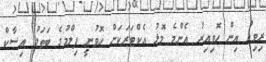
ރިވިއު އިން ހޮވިއިރު އެންމެ މޮޅު އެކްޓަރަކަށް ހޮވުނީ ފިލްމުގެ ބަތަލު އިސާކް